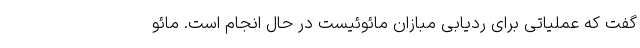
گفت که عملیاتی برای ردیابی مبازان مائوئیست در حال انجام است. مائو